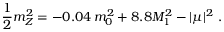
\frac { 1 } { 2 } m _ { Z } ^ { 2 } = - 0 . 0 4 \, m _ { 0 } ^ { 2 } + 8 . 8 M _ { 1 } ^ { 2 } - | \mu | ^ { 2 } \ .